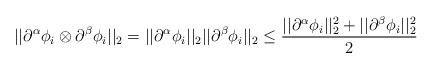
\begin{align*} ||\partial^{\alpha}\phi_i \otimes \partial^{\beta}\phi_i||_2 = ||\partial^{\alpha}\phi_i||_2|| \partial^{\beta}\phi_i||_2 \leq \frac{||\partial^{\alpha}\phi_i||_2^2 + ||\partial^{\beta}\phi_i||_2^2}{2}\end{align*}